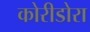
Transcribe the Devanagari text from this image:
कोरीडोरा